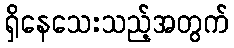
ရှိနေသေးသည့်အတွက်